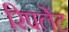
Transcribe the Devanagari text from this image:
रिपलेंट